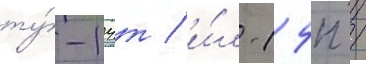
ту́-14т / и́л-14п /